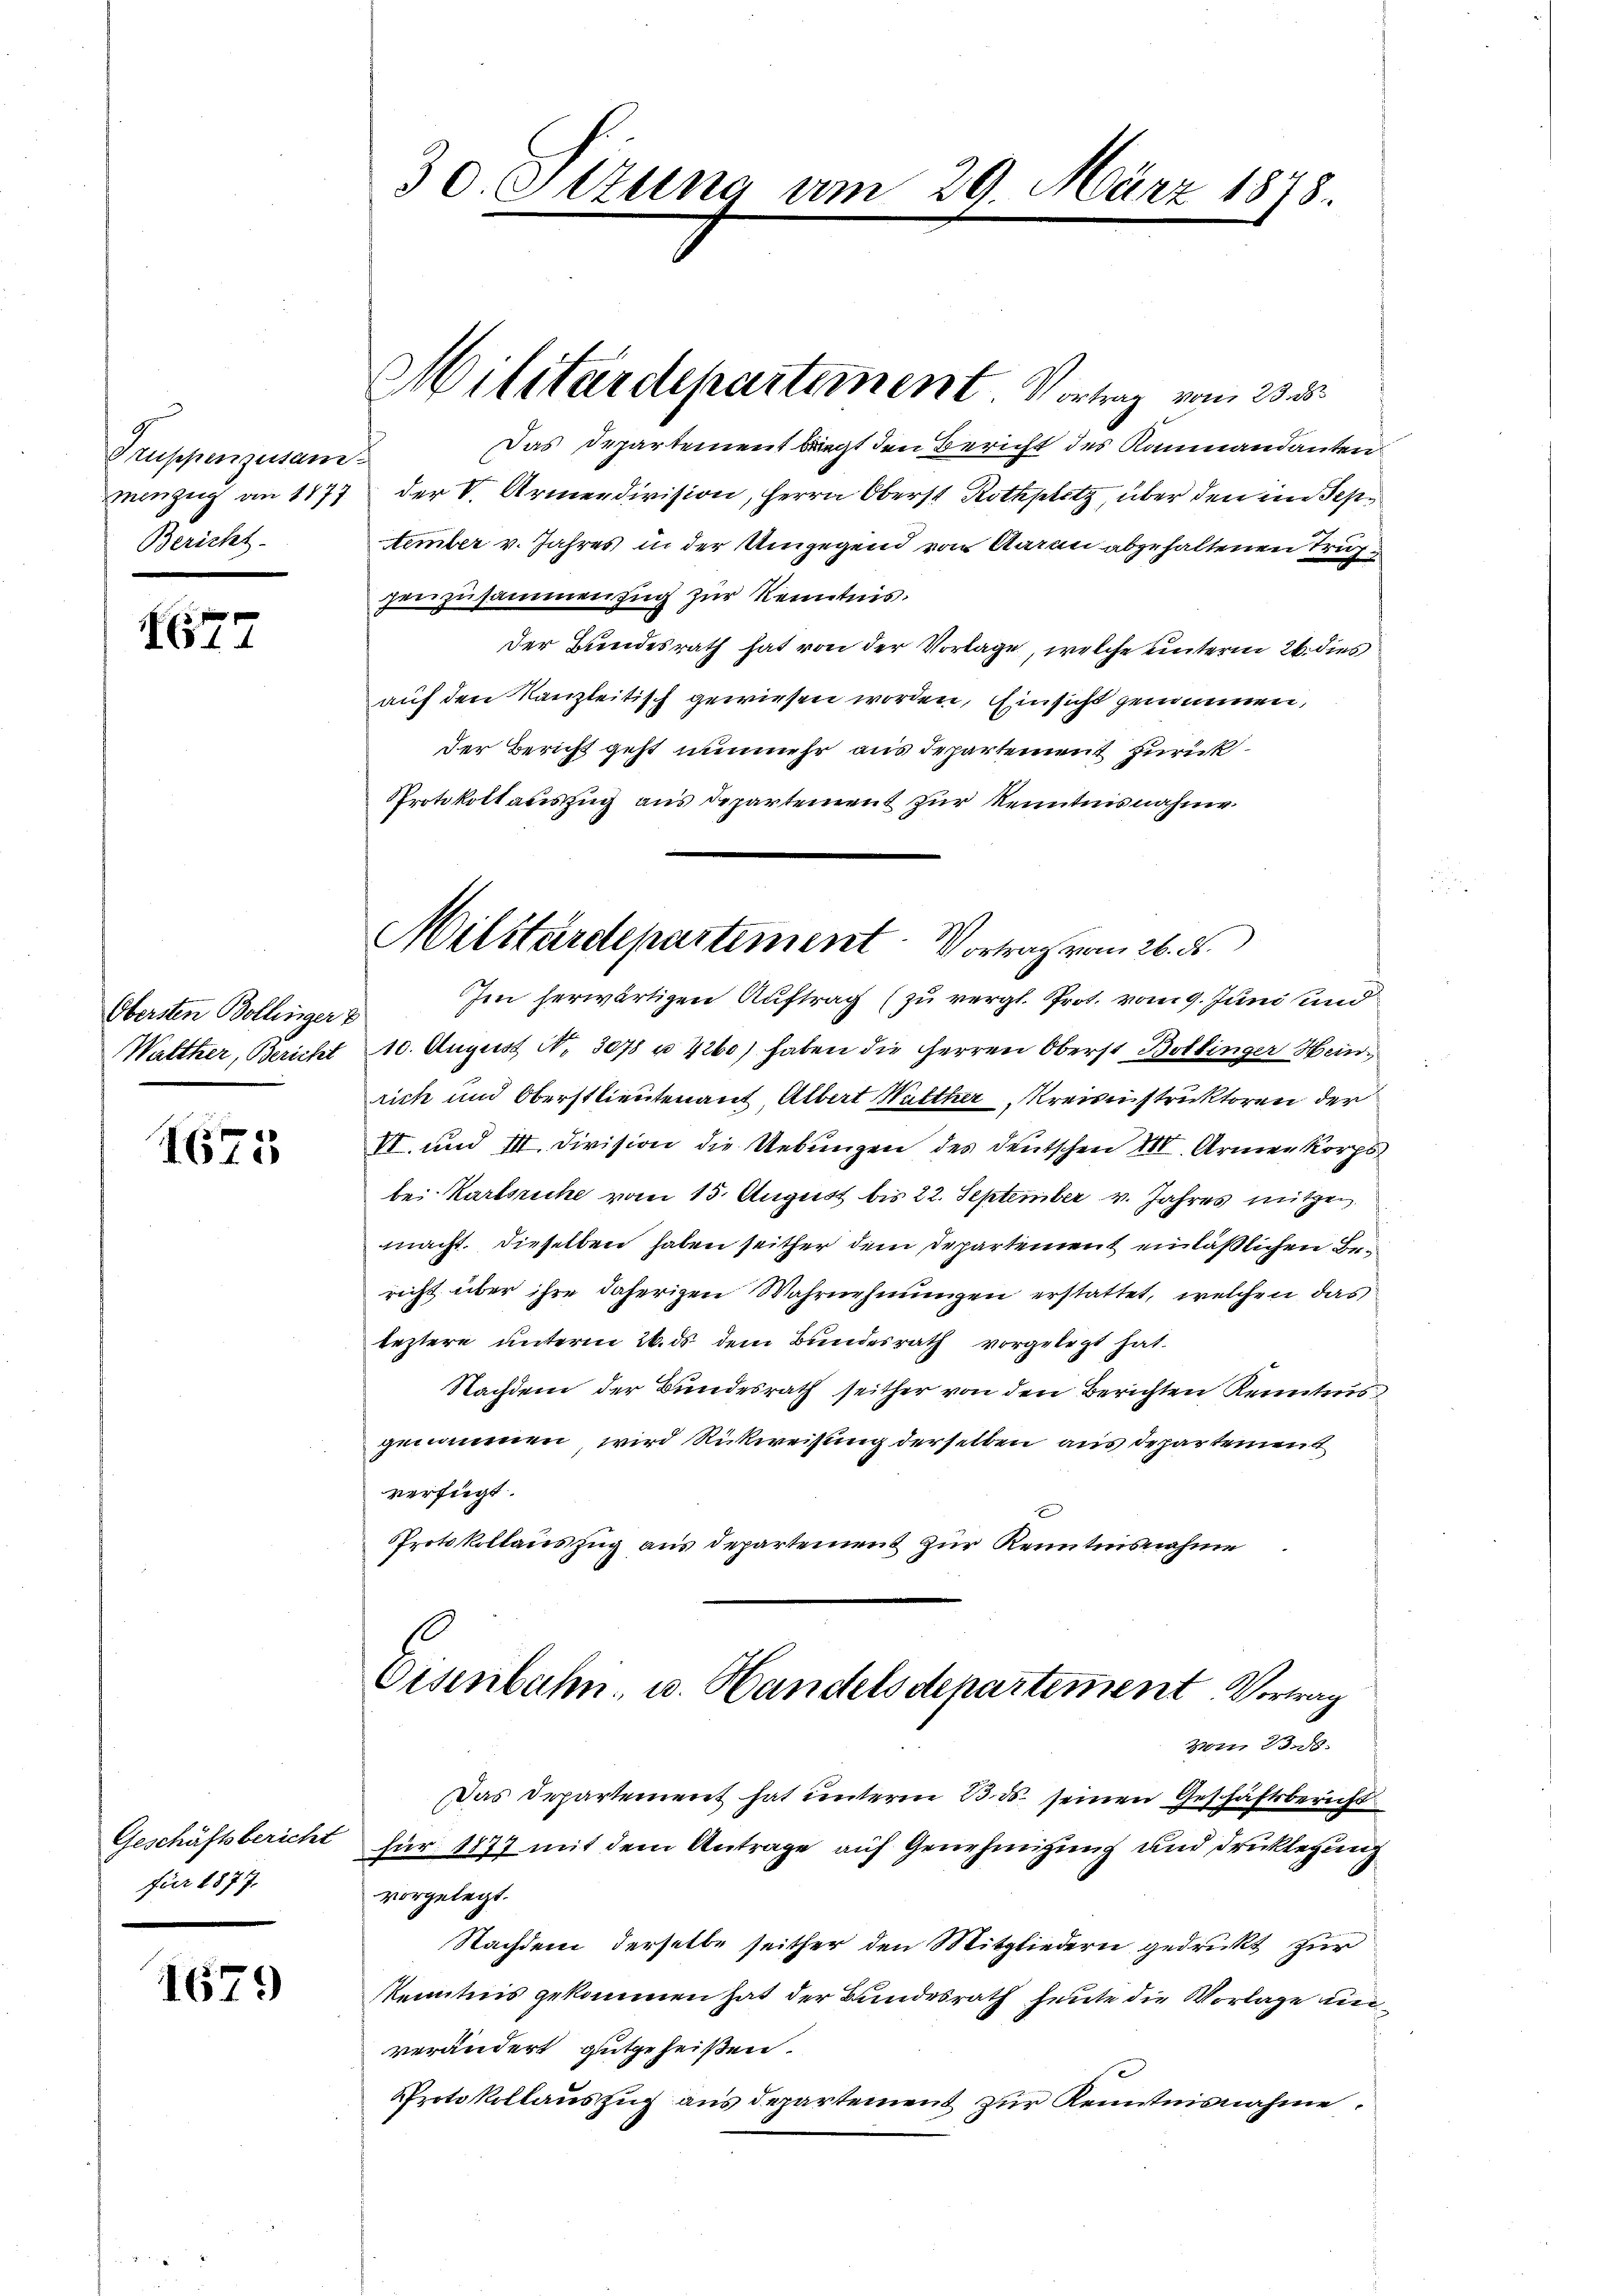
Truppenzusam
menzug an 1877
Bericht.

1677

Obersten Bollinger
Walther, Bericht

1675

Geschäftsbericht
für 1877.

1679

30. Ottung am 29. März 1878

der V. Armendivision, Herrn Oberst Rothplitz, über den im Sep¬
Aember v. Jahres in der Umgegend von Aarau abgehaltenen Truh
genzusammenzug zur Kenntnis.
der Bundesrath hat von der Vorlage, welche unterm 26. dies
auf den Kanzleitisch gewiesen worden, Einsicht genommen,
der Bericht geht nunmehr aus departement zurück¬
Protokollauszug aus departement zur Kenntnisnahme

Militärdepartement. Vortrag vom 23. d.
Das Departement biegt den Bericht des Kanmandanten

Militärdepartement Vortrag vom 26. ds.

Im herwärtigen Auftrag (zu vergl. Prot. vom 9. Juni und
10. August A. 3078 u. 4260) haben die Herren Oberst Bollinger Hein
rich und Oberstlieutenauf Albert Walther Kreisinstruktoren der
VI. und II. Division die Uebungen des deutschen III. Armenkorps
bei Karlsriche vom 15. August bis 22. September v. Jahres mitzen
macht. Dieselben haben seither dem Departement einläßlichen Bericht über ihre daherigen Wahrnehmungen erstattet, welchen das
leztere unterm 26. ds dem Bundesrath vorgelegt hat.
Nachdem der Bundesrath seither von den Berichten Kenntnis
genommenen wird Rückweisung derselben aus departement
verfügt:
Protokollauszug aus Departement zur Kenntnisnahme

Oisenbahn, u. Handelsdepartement. Vortrag
Nr 238.

Das Departement hat unterm 13. ds. seinen Geschäftsbericht
für 1877 mit dem Antrage auf Genehmigung und Drucklegung
vorgelegt.
Nachdem derselbe seither den Mitgliedern gedruckt zur
kkenntnis gekommen hat der Bundesrath heute die Vorlage unverändert gutgeheißen.
Protokollauszug aus departement zur Kenntnisnahme.